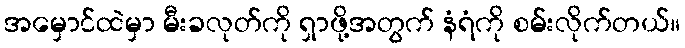
အမှောင်ထဲမှာ မီးခလုတ်ကို ရှာဖို့အတွက် နံရံကို စမ်းလိုက်တယ်။